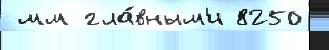
 мм гла́вным'и 8250